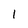
Character: 1